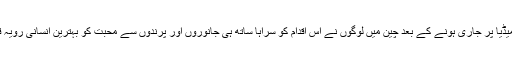
یہ خبر میڈیا پر جاری ہونے کے بعد چین میں لوگوں نے اس اقدام کو سراہا ساتھ ہی جانوروں اور پرندوں سے محبت کو بہترین انسانی رویہ قرار دیا۔